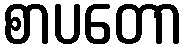
စာပတော